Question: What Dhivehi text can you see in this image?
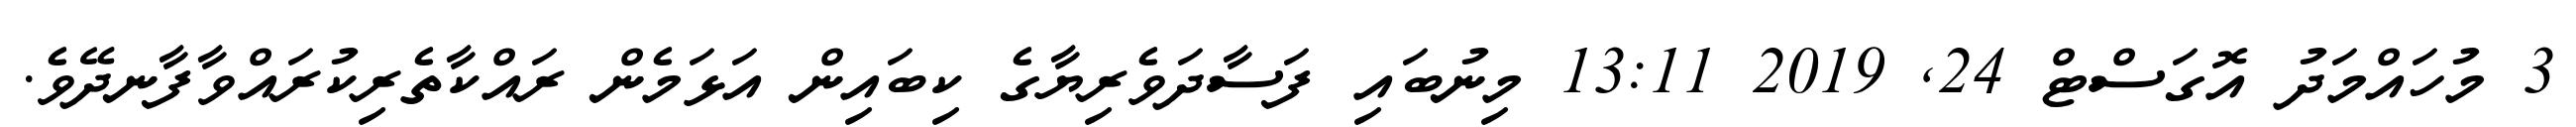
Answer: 3 މުހައްމަދު އޮގަސްޓް 24, 2019 13:11 މިނުބައި ފަސާދަވެރިޔާގެ ކިބައިން އަޅަމެން ރައްކާތެރިކުރައްވާފާނދޭވެ.